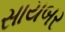
સાયબર